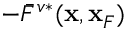
- \bar { F } ^ { v * } ( { \bf x } , { \bf x } _ { F } )